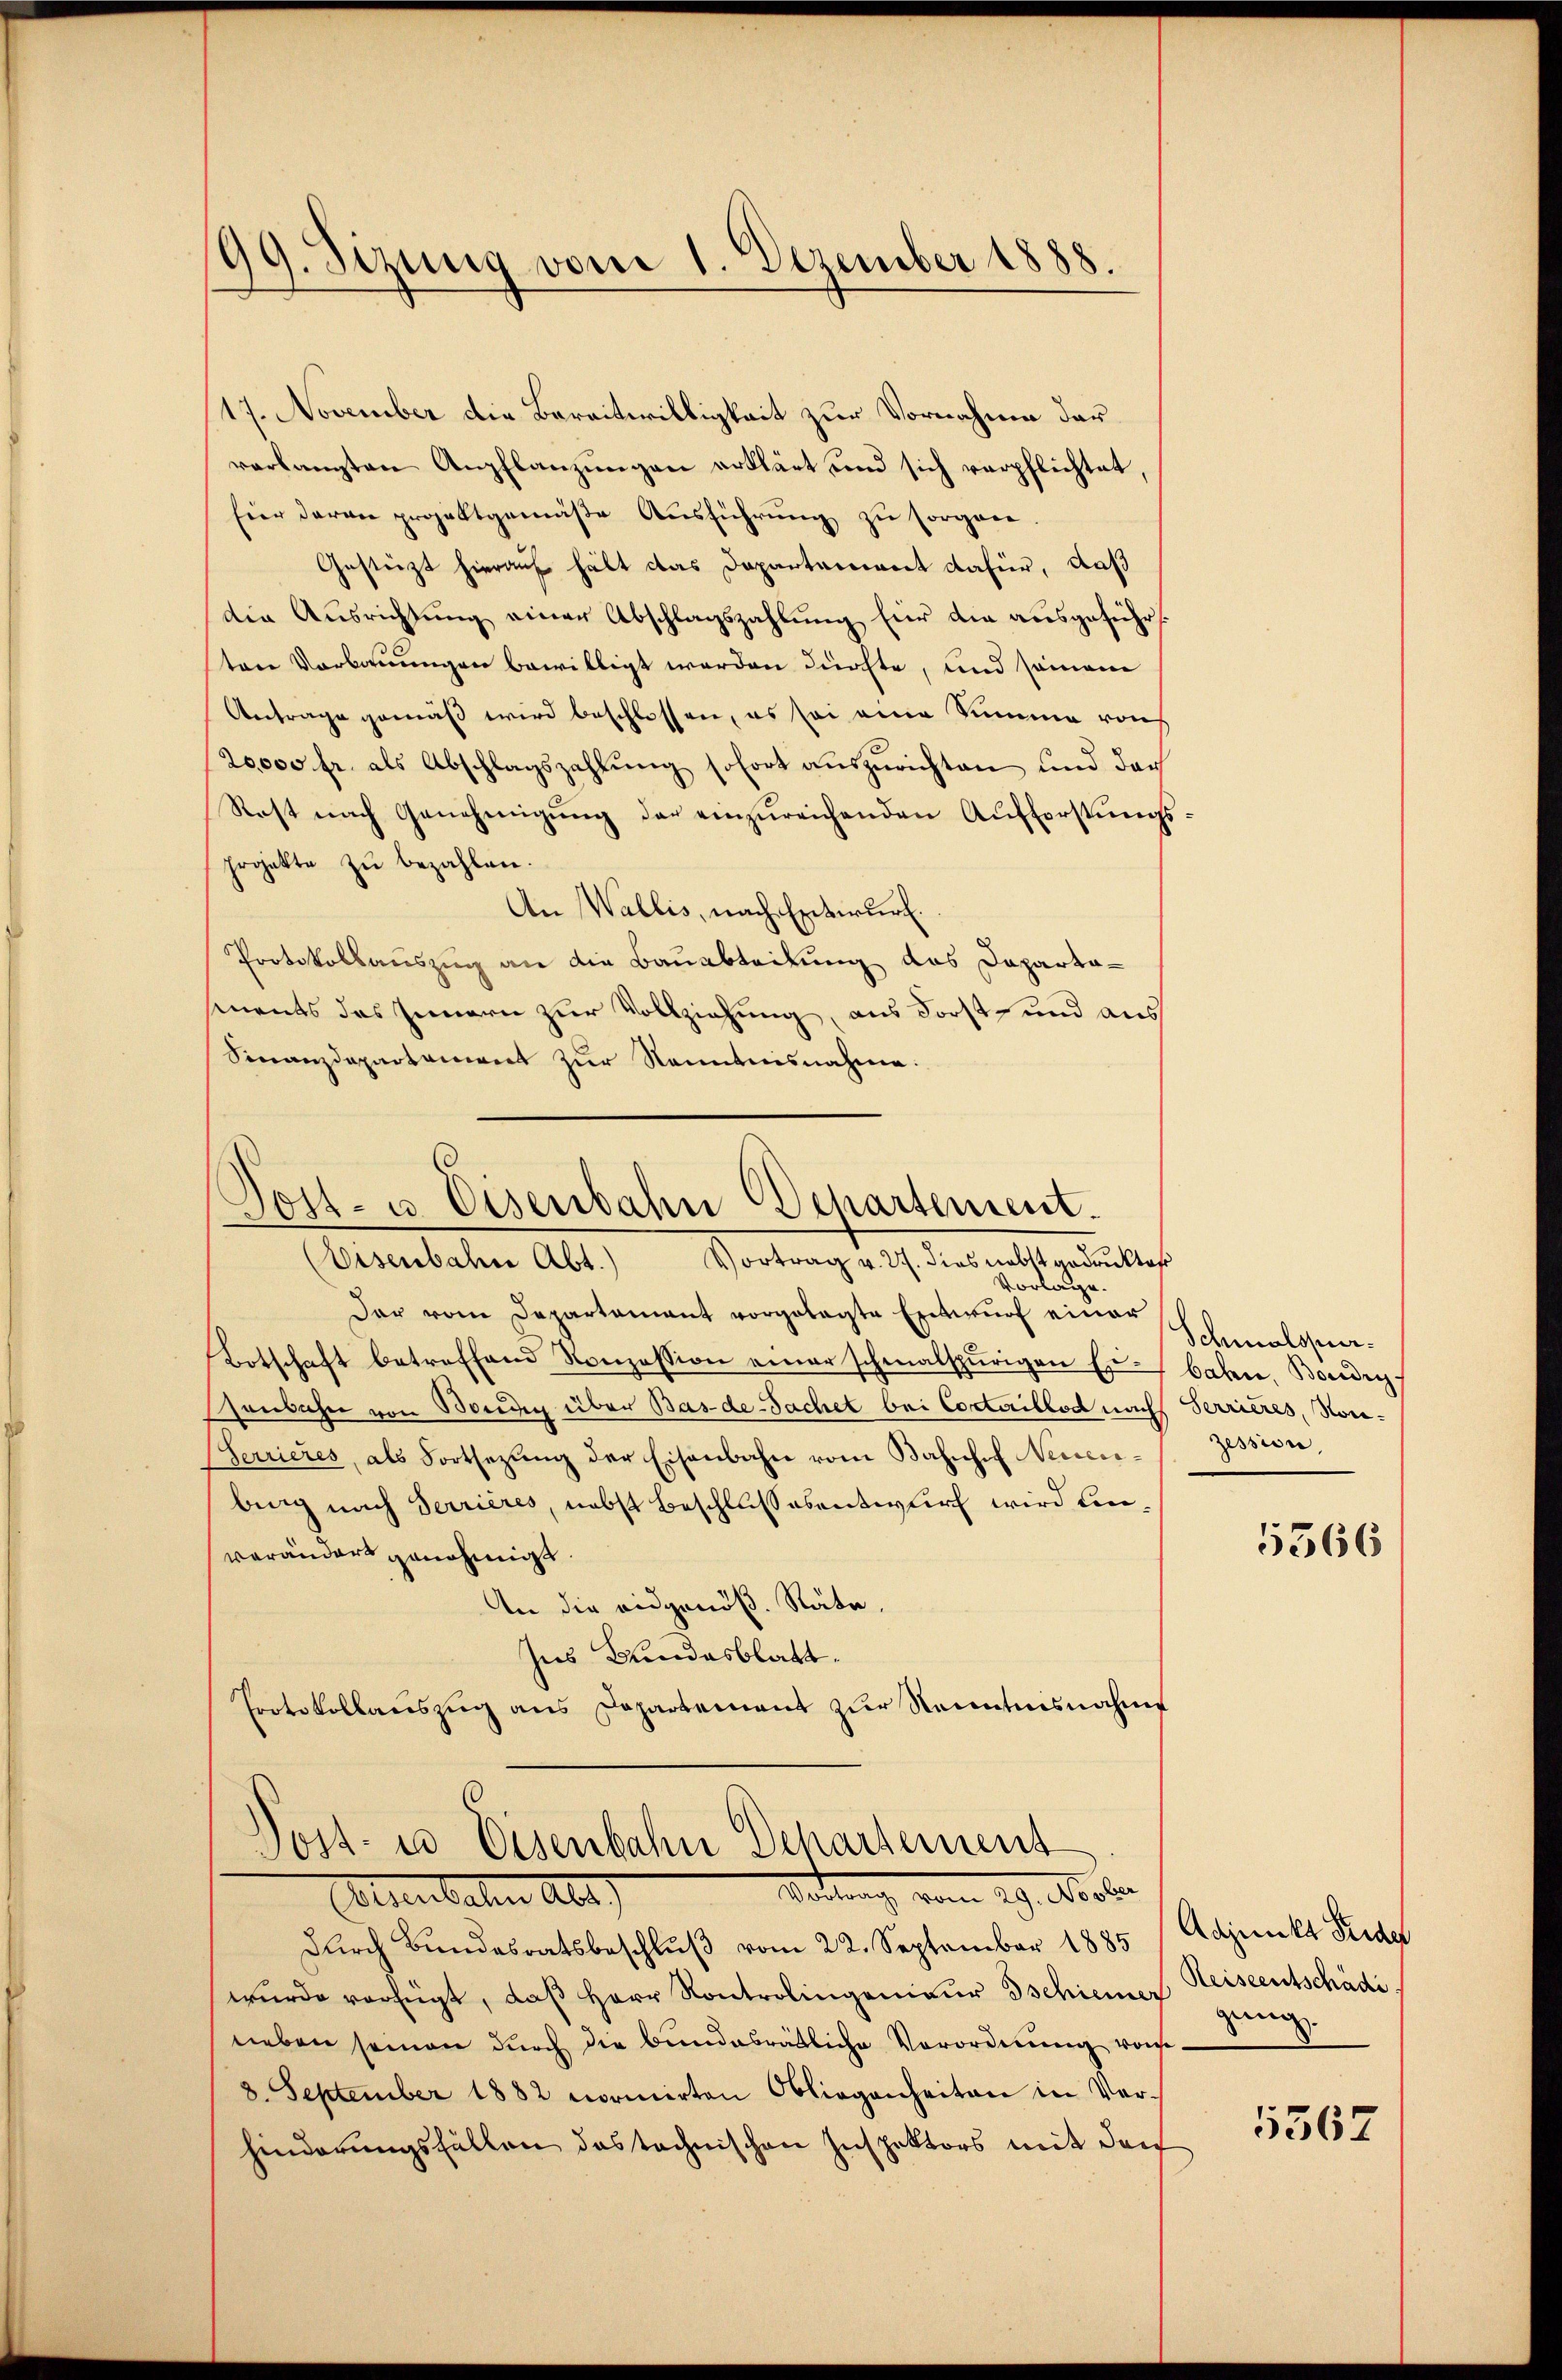
199. Sizung vom 1. Dezember 1888.

17. November die Bereitwilligkeit zur Vornahme der
verlangten Anpflanzŭngen erklärt und sich verpflichtet,
hier daran projektgemäβe Aŭsführŭng zu sorgen.
Gestüzt hierauf hält das Departeniret dafür, daß
die Ausrichtung einer Abschlagszahlung für die ausgeführt.
ten Vorbauungen bewilligt werden dürfte, und seinen
Antrage gemäß wird beschlossen, es sei eine Summe von
20,000 fr. als Abschlagszahlŭng sofort aŭszŭrichten und dar
Rest nach Genehmigŭng der einzŭreichenden Aŭfforstŭngs-
projekte zu bezahlen.
An Wallis, nach Entwurf.
Protokollauszug an die Bauabteilung das Daparta-
sments des Innern zur Vollziehung, aus Forst- und aus
Finanzdepartement zur Kenntnisnahme.
Post- u. Eisenbahn Departement.
(Eisenbahne Abt. Vortrag v. 27. dies nebst gedruktor
Vorlage.
dar vom Departement vorgelagte Entwurf einer
Botschaft betreffend Konzession einer schmalspurigen Erbaben, Boudry
senbahn von Borden über Bas-de-Sachet bei Coctaillod nach Terrieres, son¬
(Serrieres, als Fortsezŭng der Eisenbahn vom Bahnhof Neuenbing nach Terrières, nebst Beschlussesentwurf wird denverändert genehmigt
An die eidgenöß. Räte,
ses Bundesblatt.
Protokollauszug aus Departement zur Kenntnisnahme

0
Post- u Eisenbahn Departement
Mottung vom 29. Oktober

Schmalsper¬
Zession,
5566

Etientalen Aber
dŭrch Bundesratsbeschlŭβ vom 22. September 1885
wŭrde verfügt, daβ Herr Kontrolingenieur Gschiener Heiseentschädineben seinen durch die bundesrätliche Verordnung von
3. September 1882 vormirten Obliegenheiten in Verhinderungsfällen das technischen Inspektors mit der

Adjunkt Seider
gung

5567